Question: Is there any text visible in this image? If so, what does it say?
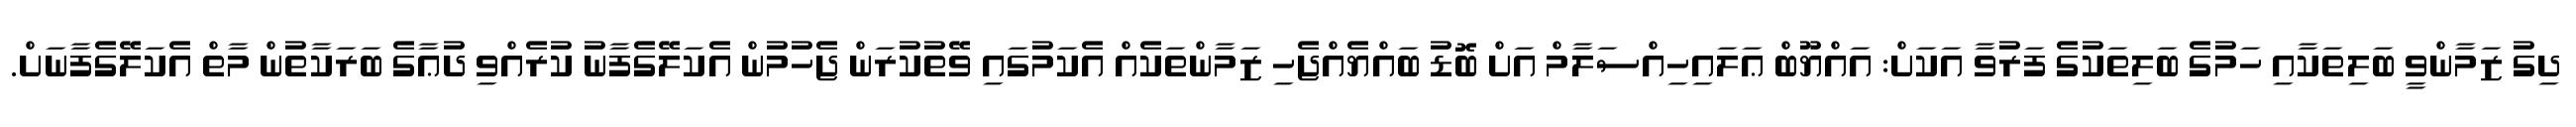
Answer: ދިގު ޒަމާންވީ ބަލިތަކާއި ހަމުގެ ބަލިތަކުގެ ފަރުވާ އަކަށް: އައްޔޫބް ޢަލައިހިއްސަލާމް އަށް ބޮޑު ބައްޔެއްޖެހި ޒަމާންތަކެއް އެކަމުގައި ވޭތުކުރަން ޖެހުމުން އެކަލޭގެފާނު ކުރެއްވި ދުޢާގެ ބަރަކާތުން މާތް އެކަލޭގެފާނަށް.